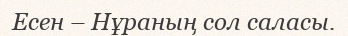
Есен – Нұраның сол саласы.